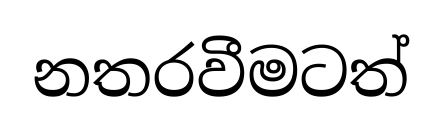
නතරවීමටත්